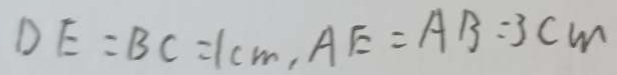
D E = B C = 1 c m , A E = A B = 3 c m